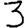
Digit: 3